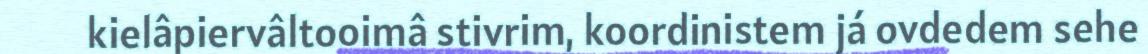
kielâpiervâltooimâ stivrim, koordinistem já ovdedem sehe